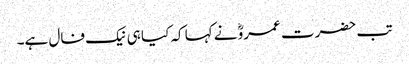
تب حضرت عمروؓ نے کہا کہ کیا ہی نیک فال ہے۔